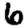
Digit: 6